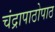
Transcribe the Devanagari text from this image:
चंद्रापाठोपाठ